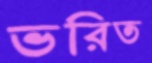
ভরিত